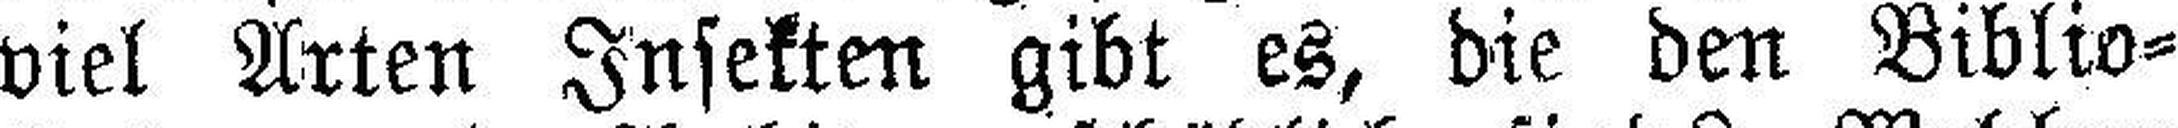
viel Arten Insekten gibt es, die den Biblio¬